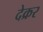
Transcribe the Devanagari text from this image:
देक्रर